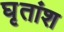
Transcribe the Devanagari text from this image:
घृतांश